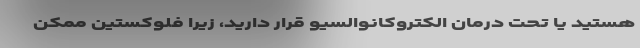
هستید یا تحت درمان الکتروکانوالسیو قرار دارید، زیرا فلوکستین ممکن